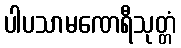
ပါပသာမဏေရီသုတ္တံ